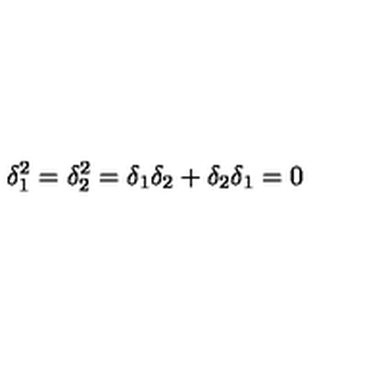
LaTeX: \delta _ { 1 } ^ { 2 } = \delta _ { 2 } ^ { 2 } = \delta _ { 1 } \delta _ { 2 } + \delta _ { 2 } \delta _ { 1 } = 0